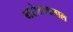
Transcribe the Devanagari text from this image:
नरोत्तमलाल